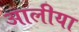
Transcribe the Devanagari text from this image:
आलीया